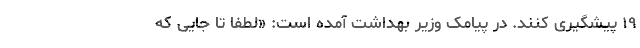
۱۹ پیشگیری کنند. در پیامک وزیر بهداشت آمده است: «لطفا تا جایی که